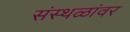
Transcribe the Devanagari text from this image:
संस्थळांवर